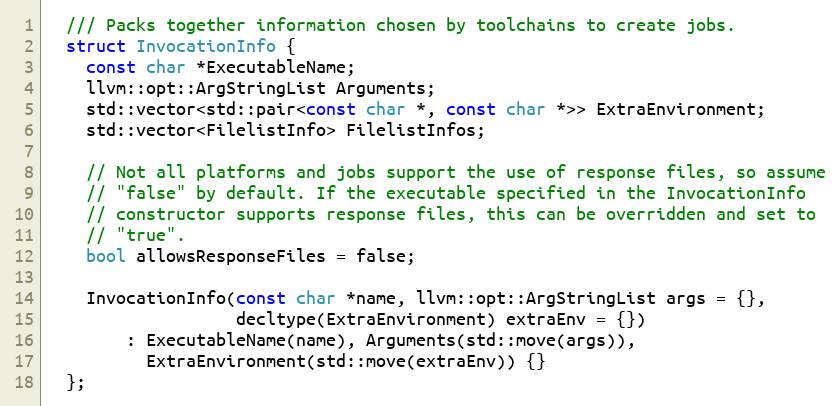
Language: C
  /// Packs together information chosen by toolchains to create jobs.
  struct InvocationInfo {
    const char *ExecutableName;
    llvm::opt::ArgStringList Arguments;
    std::vector<std::pair<const char *, const char *>> ExtraEnvironment;
    std::vector<FilelistInfo> FilelistInfos;

    // Not all platforms and jobs support the use of response files, so assume
    // "false" by default. If the executable specified in the InvocationInfo
    // constructor supports response files, this can be overridden and set to
    // "true".
    bool allowsResponseFiles = false;

    InvocationInfo(const char *name, llvm::opt::ArgStringList args = {},
                   decltype(ExtraEnvironment) extraEnv = {})
        : ExecutableName(name), Arguments(std::move(args)),
          ExtraEnvironment(std::move(extraEnv)) {}
  };